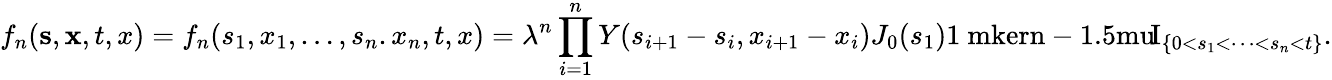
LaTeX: f_{n}(\mathbf{s},\mathbf{x},t,x)=f_{n}(s_{1},x_{1},\dots,s_{n}.x_{n},t,x)=\lambda^{n}\prod_{i=1}^{n}Y(s_{i+1}-s_{i},x_{i+1}-x_{i})J_{0}(s_{1}){\mathrm{1\ mkern-1.5mu}\! \mathrm{I}}_{\{ 0<s_{1}<\dots<s_{n}<t\} }.